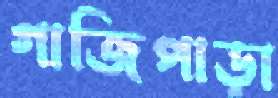
গাজিপাড়া